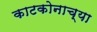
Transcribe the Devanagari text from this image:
काटकोनाच्या